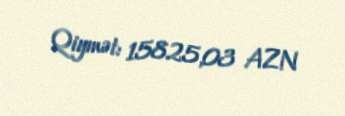
Qiymət: 15825,03 AZN